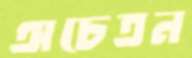
অচেতন